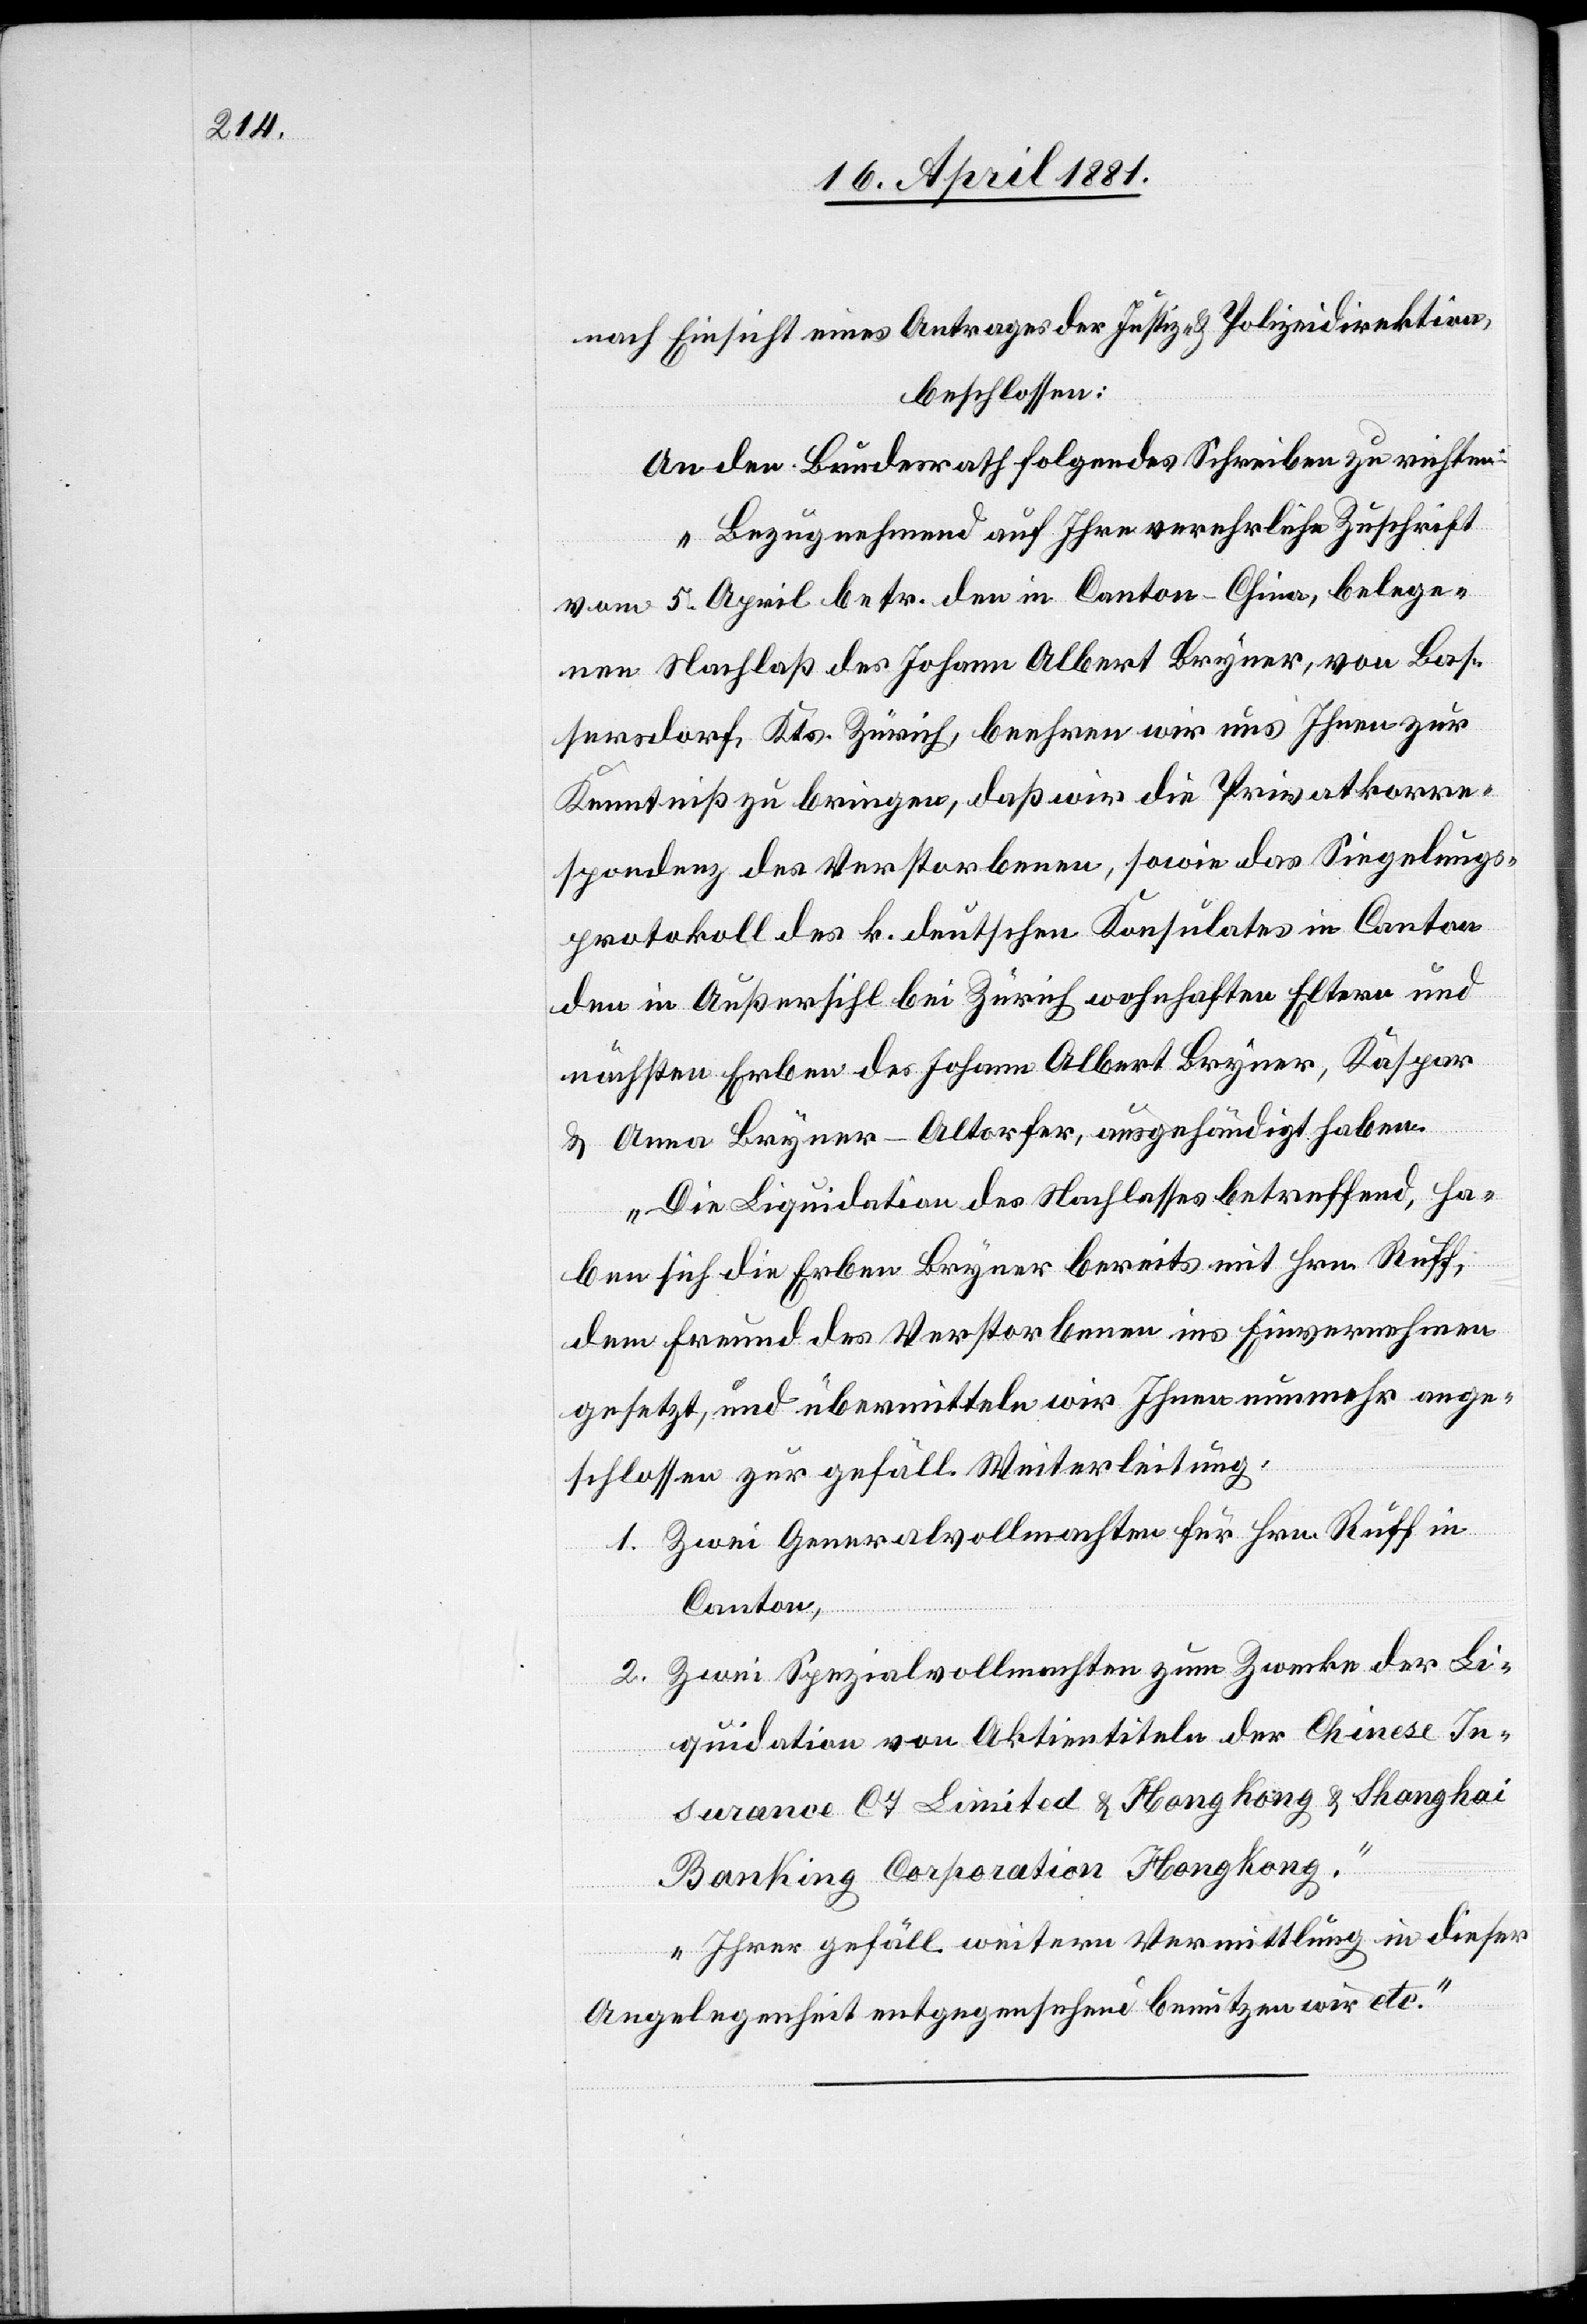
nach Einsicht eines Antrages der Justiz- & Polizeidirektion,
beschloßen:
An den Bundesrath folgendes Schreiben zu richten:
„Bezugnehmend auf Ihre verehrliche Zuschrift
vom 5. April betr. den in Canton - China, belege¬
nen Nachlaß des Johann Albert Bryner, von Bas¬
sersdorf, Kts. Zürich, beehren wir uns Ihnen zur
Kenntniß zu bringen, daß wir die Privatkorre¬
spondenz des Verstorbenen, sowie das Siegelungs¬
protokoll des k. deutschen Konsulates in Canton
den in Außersihl bei Zürich wohnenden Eltern und
nächsten Erben des Johann Albert Bryner, Kaspar
& Anna Bryner-Altorfer, ausgehändigt haben.
Die Liquidation des Nachlasses betreffend, ha¬
ben sich die Erben Bryner bereits mit Hrn. Ruff,
dem Freund des Verstorbenen ins Eivernehmen
gesetzt, und übermitteln wir Ihnen nunmehr ange¬
schlossen zur gefäll. Weiterleitung,
1. Zwei Generalvollmachten für Hrn. Ruff in
Canton,
2. Zwei Spezialvollmachten zum Zwecke der Li¬
quidation von Aktientiteln der Chinese In¬
surance Cy Limited & Hong Kong & Shanghai
Banking Corporation Hong Kong.
Ihrer gefäll. weitern Vermittlung in dieser
Angelegenheit entgegensehend benutzen wir etc.“